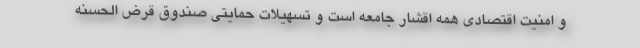
و امنیت اقتصادی همه اقشار جامعه است و تسهیلات حمایتی صندوق قرض الحسنه